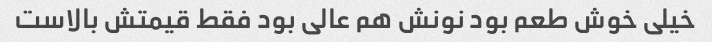
خیلی خوش طعم بود نونش هم عالی بود فقط قیمتش بالاست